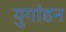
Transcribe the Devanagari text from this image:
युगांडन